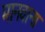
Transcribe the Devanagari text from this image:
मानवाना